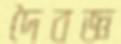
দৈবজ্ঞ